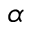
\alpha